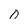
Character: 0